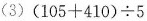
(3)$$( 1 0 5 + 4 1 0 ) \div 5$$